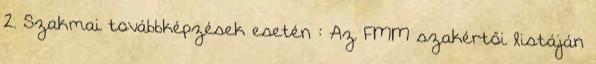
2. Szakmai továbbképzések esetén : Az FMM szakértői listáján